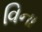
વિના